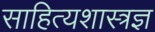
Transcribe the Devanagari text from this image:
साहित्यशास्त्रज्ञ